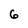
Character: 6